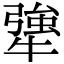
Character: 犟